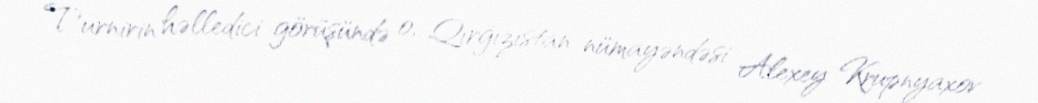
Turnirin həlledici görüşündə o, Qırğızıstan nümayəndəsi Alexey Krupnyaxov